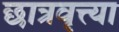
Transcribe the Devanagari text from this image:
छात्रवृत्त्या